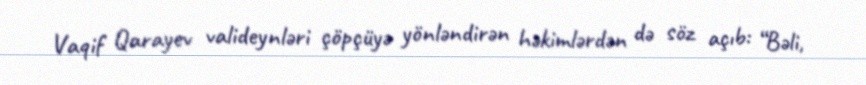
Vaqif Qarayev valideynləri çöpçüyə yönləndirən həkimlərdən də söz açıb: “Bəli,